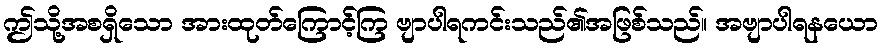
ဤသို့အစရှိသော အားထုတ်ကြောင့်ကြ ဗျာပါရကင်းသည်၏အဖြစ်သည်။ အဗျာပါရနယော